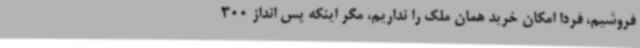
فروشیم، فردا امکان خرید همان ملک را نداریم، مگر اینکه پس انداز 300